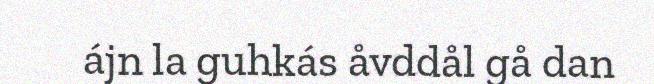
ájn la guhkás åvddål gå dan